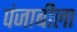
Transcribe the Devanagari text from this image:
पंजाबीला